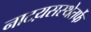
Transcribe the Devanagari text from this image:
नाटय़सस्थेतर्फे